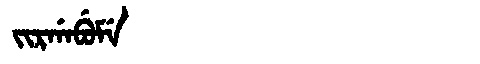
Manchu: ᠵᡳᡵᡤᠠᠪᡠᠮᡝ
Romanization: JIRGABUME